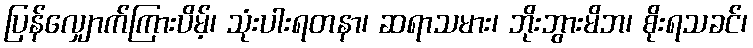
ပြန်လျှောက်ကြားပိမ့်၊ သုံးပါးရတနာ၊ ဆရာသမား၊ ဘိုးဘွားမိဘ၊ စိုးရသခင်၊